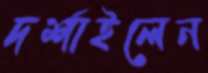
দর্শাইলেন